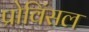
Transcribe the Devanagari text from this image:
प्रोविंसल